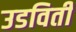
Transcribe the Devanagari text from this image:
उडविती